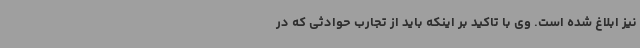
نیز ابلاغ شده است. وی با تاکید بر اینکه باید از تجارب حوادثی که در